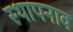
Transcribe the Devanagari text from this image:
स्थापनाव